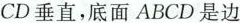
-CD垂直，底面ABCD是边